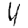
Digit: 4